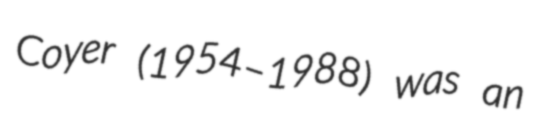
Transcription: Coyer (1954–1988) was an